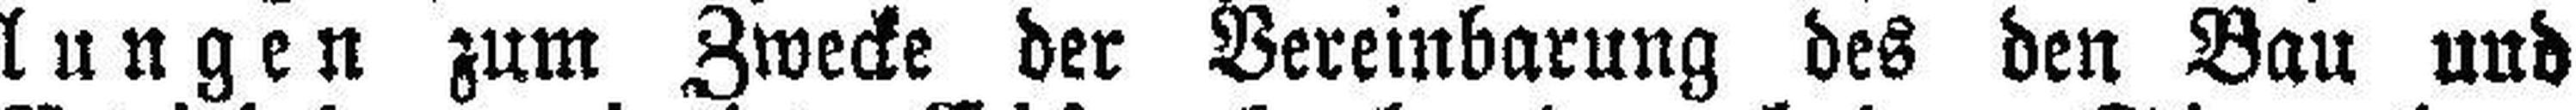
lungen zum Zwecke der Vereinbarung des den Bau und